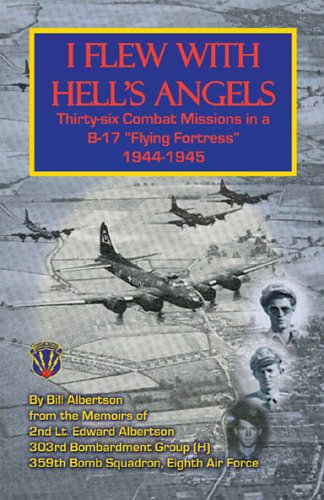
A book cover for I Flew with Hell's Angels, Thirty-Six Combat Missions in A B-17 Flying Fortress 1944-1945; Bill Albertson; History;